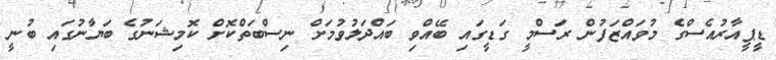
ޑީޕީއާރުއެސްގެ މުވައްޒަފުން ރަސްމީ ގަޑީގައި ބޭއްވި ބައްދަލުވުމަށް ނިސްބަތްކޮށް ކޮމިޝަނުގެ ބަޔާނުގައި ބުނީ